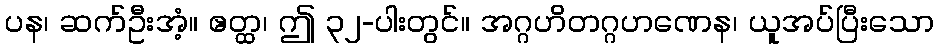
ပန၊ ဆက်ဦးအံ့။ ဧတ္ထ၊ ဤ ၃၂-ပါးတွင်။ အဂ္ဂဟိတဂ္ဂဟဏေန၊ ယူအပ်ပြီးသော